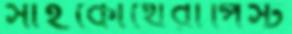
সাইকোথেরাপিস্ট